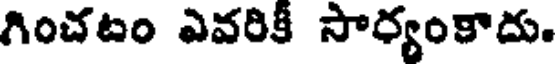
గించటం ఎవరికీ సార్యంకాదు.